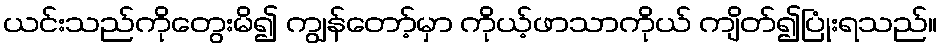
ယင်းသည်ကိုတွေးမိ၍ ကျွန်တော့်မှာ ကိုယ့်ဖာသာကိုယ် ကျိတ်၍ပြုံးရသည်။